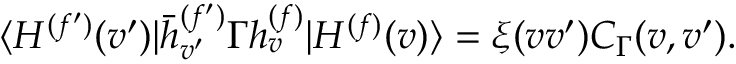
\langle { \cal H } ^ { ( f ^ { \prime } ) } ( v ^ { \prime } ) | \bar { h } _ { v ^ { \prime } } ^ { ( f ^ { \prime } ) } \Gamma h _ { v } ^ { ( f ) } | { \cal H } ^ { ( f ) } ( v ) \rangle = \xi ( v v ^ { \prime } ) C _ { \Gamma } ( v , v ^ { \prime } ) .